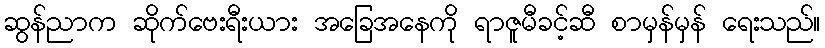
ဆွန်ညာက ဆိုက်ဗေးရီးယား အခြေအနေကို ရာဇူမီခင့်ဆီ စာမှန်မှန် ရေးသည်။